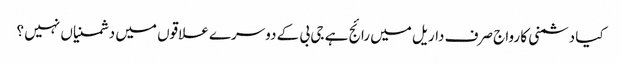
کیا دشمنی کا رواج صرف داریل میں رائج ہے جی بی کے دوسرے علاقوں میں دشمنیاں نہیں ؟